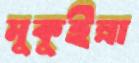
মুকুইল্লা